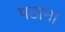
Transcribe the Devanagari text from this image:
पठाना